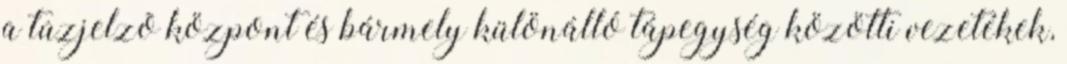
a tûzjelzõ központ és bármely különálló tápegység közötti vezetékek,